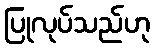
ပြုလုပ်သည်ဟု